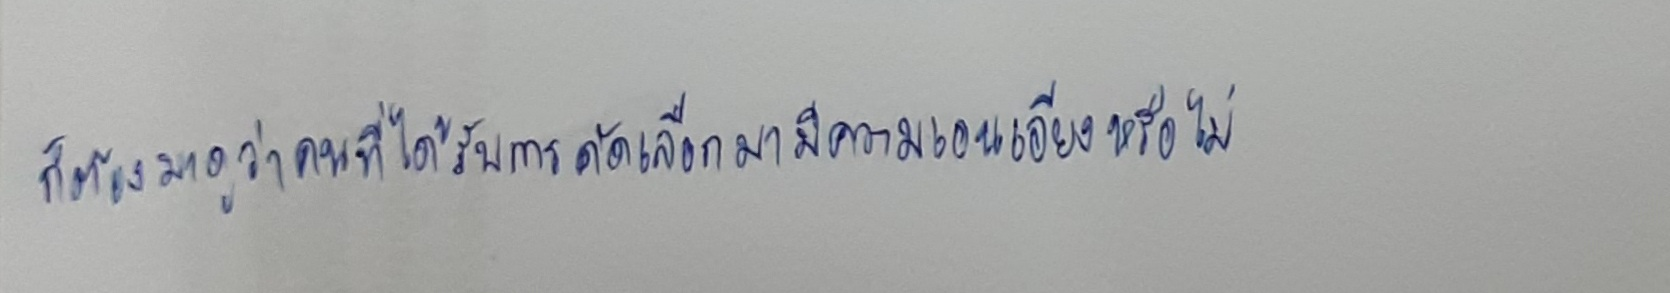
ก็ต้องมาดูว่าคนที่ได้รับการคัดเลือกมามีความเอนเอียงหรือไม่